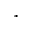
^ *